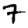
Digit: 7